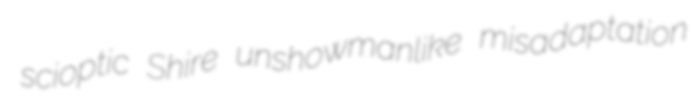
scioptic Shire unshowmanlike misadaptation